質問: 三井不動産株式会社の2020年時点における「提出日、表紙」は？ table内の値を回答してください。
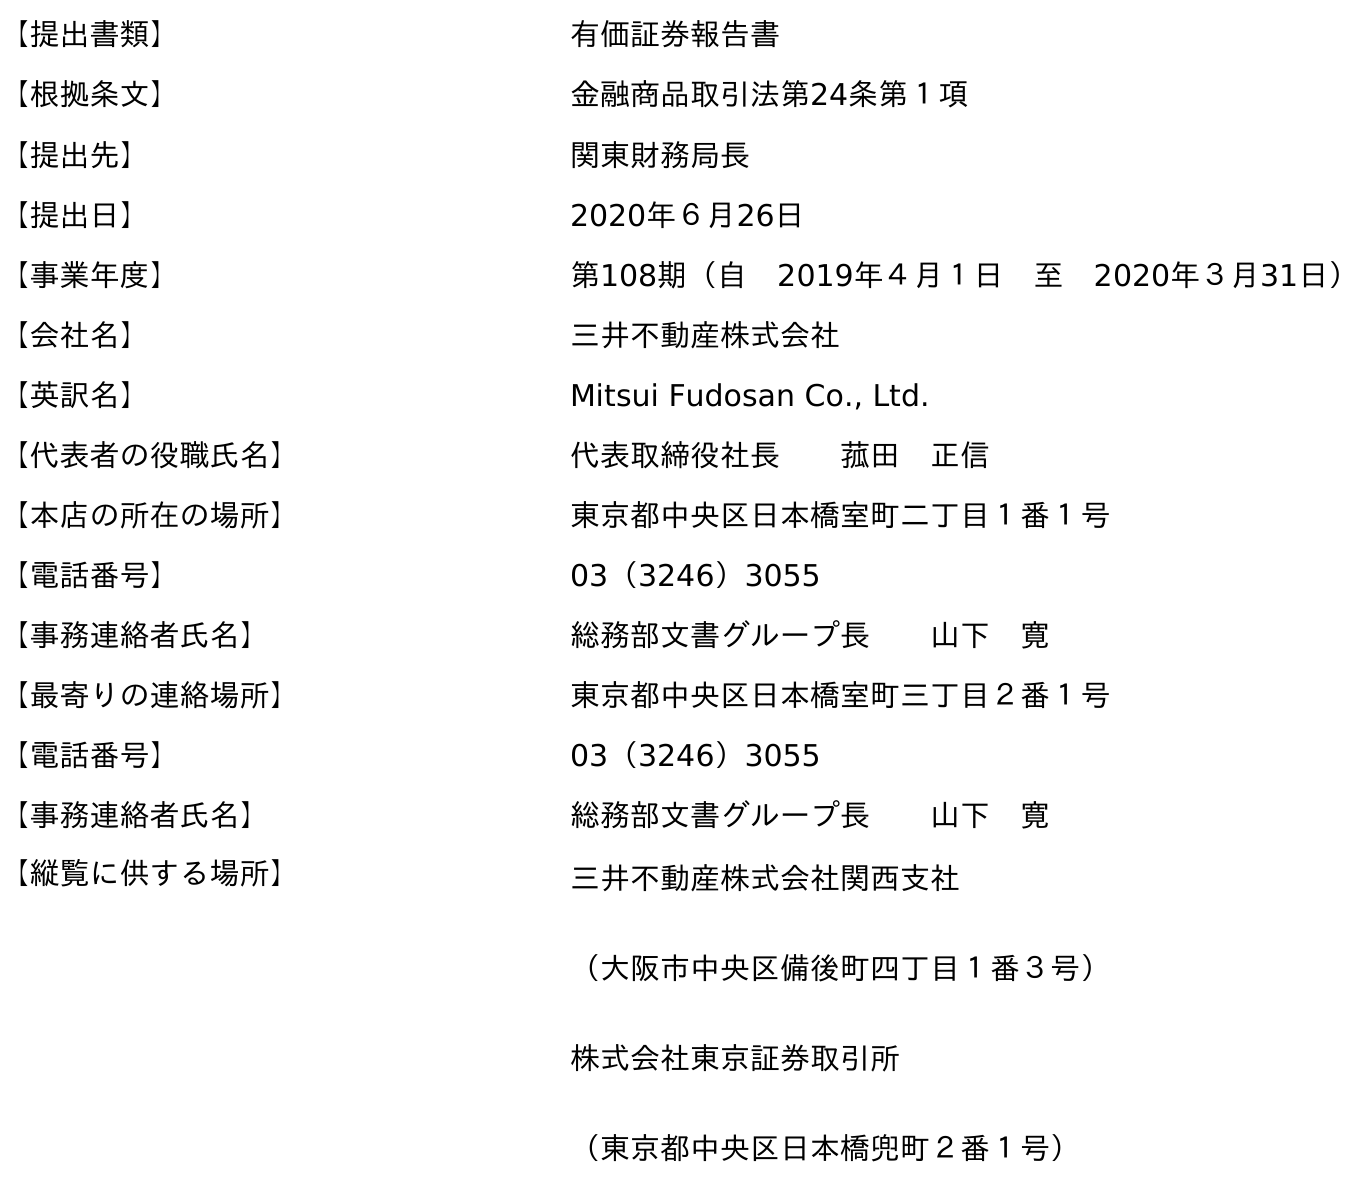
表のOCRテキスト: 【提出書類】 有価証券報告書 【根拠条文】 金融商品取引法第24条第１項 【提出先】 関東財務局長 【提出日】 2020年６月26日 【事業年度】 第108期（自 2019年４月１日 至 2020年３月31日） 【会社名】 三井不動産株式会社 【英訳名】 Mitsui Fudosan Co., Ltd. 【代表者の役職氏名】 代表取締役社長  菰田 正信 【本店の所在の場所】 東京都中央区日本橋室町二丁目１番１号 【電話番号】 03（3246）3055 【事務連絡者氏名】 総務部文書グループ長  山下 寛 【最寄りの連絡場所】 東京都中央区日本橋室町三丁目２番１号 【電話番号】 03（3246）3055 【事務連絡者氏名】 総務部文書グループ長  山下 寛 【縦覧に供する場所】 三井不動産株式会社関西支社 （大阪市中央区備後町四丁目１番３号） 株式会社東京証券取引所 （東京都中央区日本橋兜町２番１号）
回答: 2020年６月26日